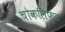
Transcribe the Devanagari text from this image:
चोकलिफ़्ट